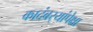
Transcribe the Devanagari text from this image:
कादंबर्‍यांपेक्षा